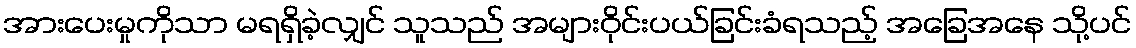
အားပေးမှုကိုသာ မရရှိခဲ့လျှင် သူသည် အများဝိုင်းပယ်ခြင်းခံရသည့် အခြေအနေ သို့ပင်